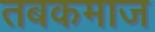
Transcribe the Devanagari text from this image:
तबकमाज